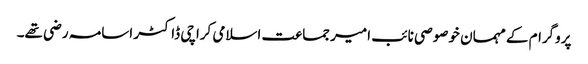
پروگرام کے مہمان خوصوصی نائب امیر جماعت اسلامی کراچی ڈاکٹر اسامہ رضی تھے۔